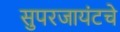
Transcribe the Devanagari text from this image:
सुपरजायंटचे